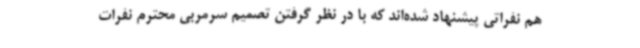
هم نفراتی پیشنهاد شده‌اند که با در نظر گرفتن تصمیم سرمربی محترم نفرات